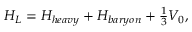
H _ { L } = H _ { h e a v y } + H _ { b a r y o n } + \textstyle { \frac { 1 } { 3 } } V _ { 0 } ,